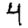
Digit: 4